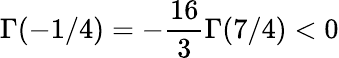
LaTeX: \Gamma(-1/4)=-\frac{16}{3}\Gamma(7/4)<0